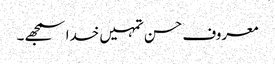
معروف حسن تمہیں خدا سمجھے۔